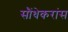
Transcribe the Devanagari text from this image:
सौंधेकरांस